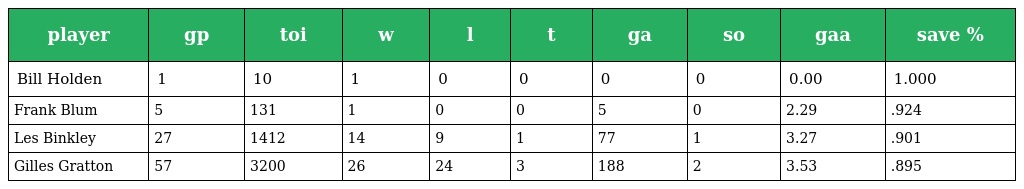
| player | gp | toi | w | l | t | ga | so | gaa | save % |
 | --- | --- | --- | --- | --- | --- | --- | --- | --- | --- |
 | Bill Holden | 1 | 10 | 1 | 0 | 0 | 0 | 0 | 0.00 | 1.000 |
 | Frank Blum | 5 | 131 | 1 | 0 | 0 | 5 | 0 | 2.29 | .924 |
 | Les Binkley | 27 | 1412 | 14 | 9 | 1 | 77 | 1 | 3.27 | .901 |
 | Gilles Gratton | 57 | 3200 | 26 | 24 | 3 | 188 | 2 | 3.53 | .895 |